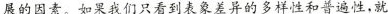
展的因素。如果我们只看到表象差异的多样性和普遍性，就